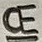
Text: CE